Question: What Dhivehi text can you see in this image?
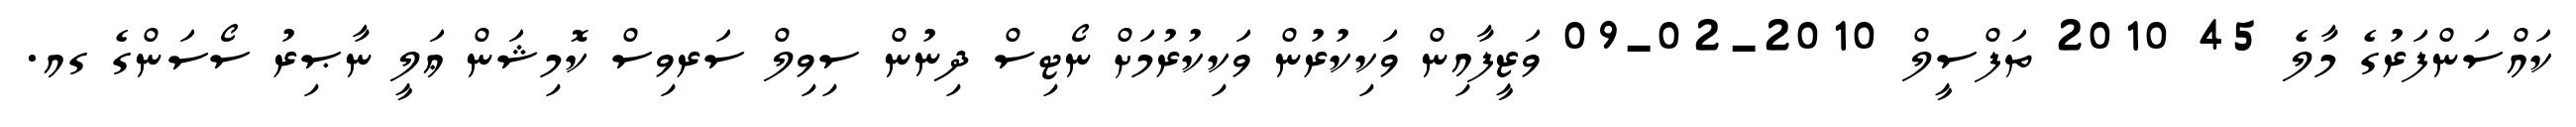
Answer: ކައްސަންފަރުގެ މާލެ 45 2010 ތަފްސީލް 2010-02-09 ވަޒީފާއިން ވަކިކުރުން ވަކިކުރުމަށް ނޯޓިސް ދިނުން ސިވިލް ސަރވިސް ކޮމިޝަން ޢަލީ ނާޞިރު ސޯސަންގެ ގއ.